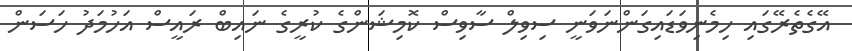
އޭގެތެރޭގައި ހިމެނިވަޑައިގަންނަވަނީ ސިވިލް ސާވިސް ކޮމިޝަންގެ ކުރީގެ ނައިބް ރައީސް އަހުމަދު ހަސަން